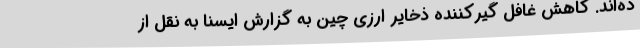
ده‌اند. کاهش غافل گیرکننده ذخایر ارزی چین به گزارش ایسنا به نقل از